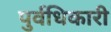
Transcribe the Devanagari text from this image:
पुर्वधिकारी